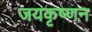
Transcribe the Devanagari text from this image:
जयकृष्णन